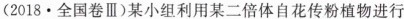
(2018·全国卷Ⅲ)某小组利用某二倍体自花传粉植物进行